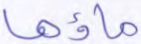
ماؤها